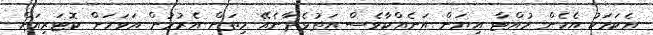
އެކަމަކު އެހެން ހުއްޓާ އިޔަން އަނެއްކާވެސް އަތުވެދާނެއޭ ހިތަށް އެރުމުން އަވަހަށް ކޮޓަރިއަށް